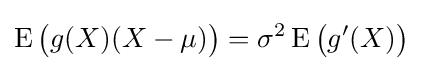
\operatorname {E} {\bigl (}g(X)(X-\mu ){\bigr )}=\sigma ^{2}\operatorname {E} {\bigl (}g'(X){\bigr )}